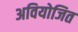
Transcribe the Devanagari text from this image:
अवियोजित